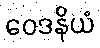
ဝေဒနိယံ